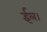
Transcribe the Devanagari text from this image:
ईल।